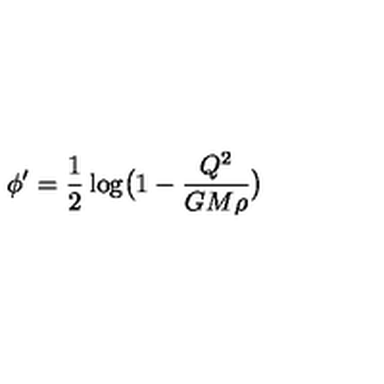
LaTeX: \phi ^ { \prime } = \frac { 1 } { 2 } \log \bigl ( 1 - \frac { Q ^ { 2 } } { G M \rho } \bigr )